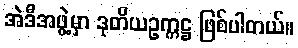
အဲဒီအဖွဲ့မှာ ဒုတိယဥက္ကဋ္ဌ ဖြစ်ပါတယ်။